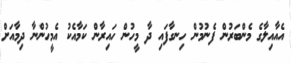
އެއާއިލާގެ މެންބަރުން ފެނުމުން ހިނގާފައި ދާ މީހުން ހައިރާން ކަމާއެކު އެމީހުންނާ ދިމާއަށް